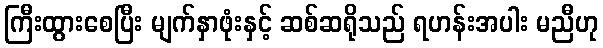
ကြီးထွားစေပြီး မျက်နှာဖုံးနှင့် ဆစ်ဆရိုသည် ရဟန်းအပါး မညီဟု